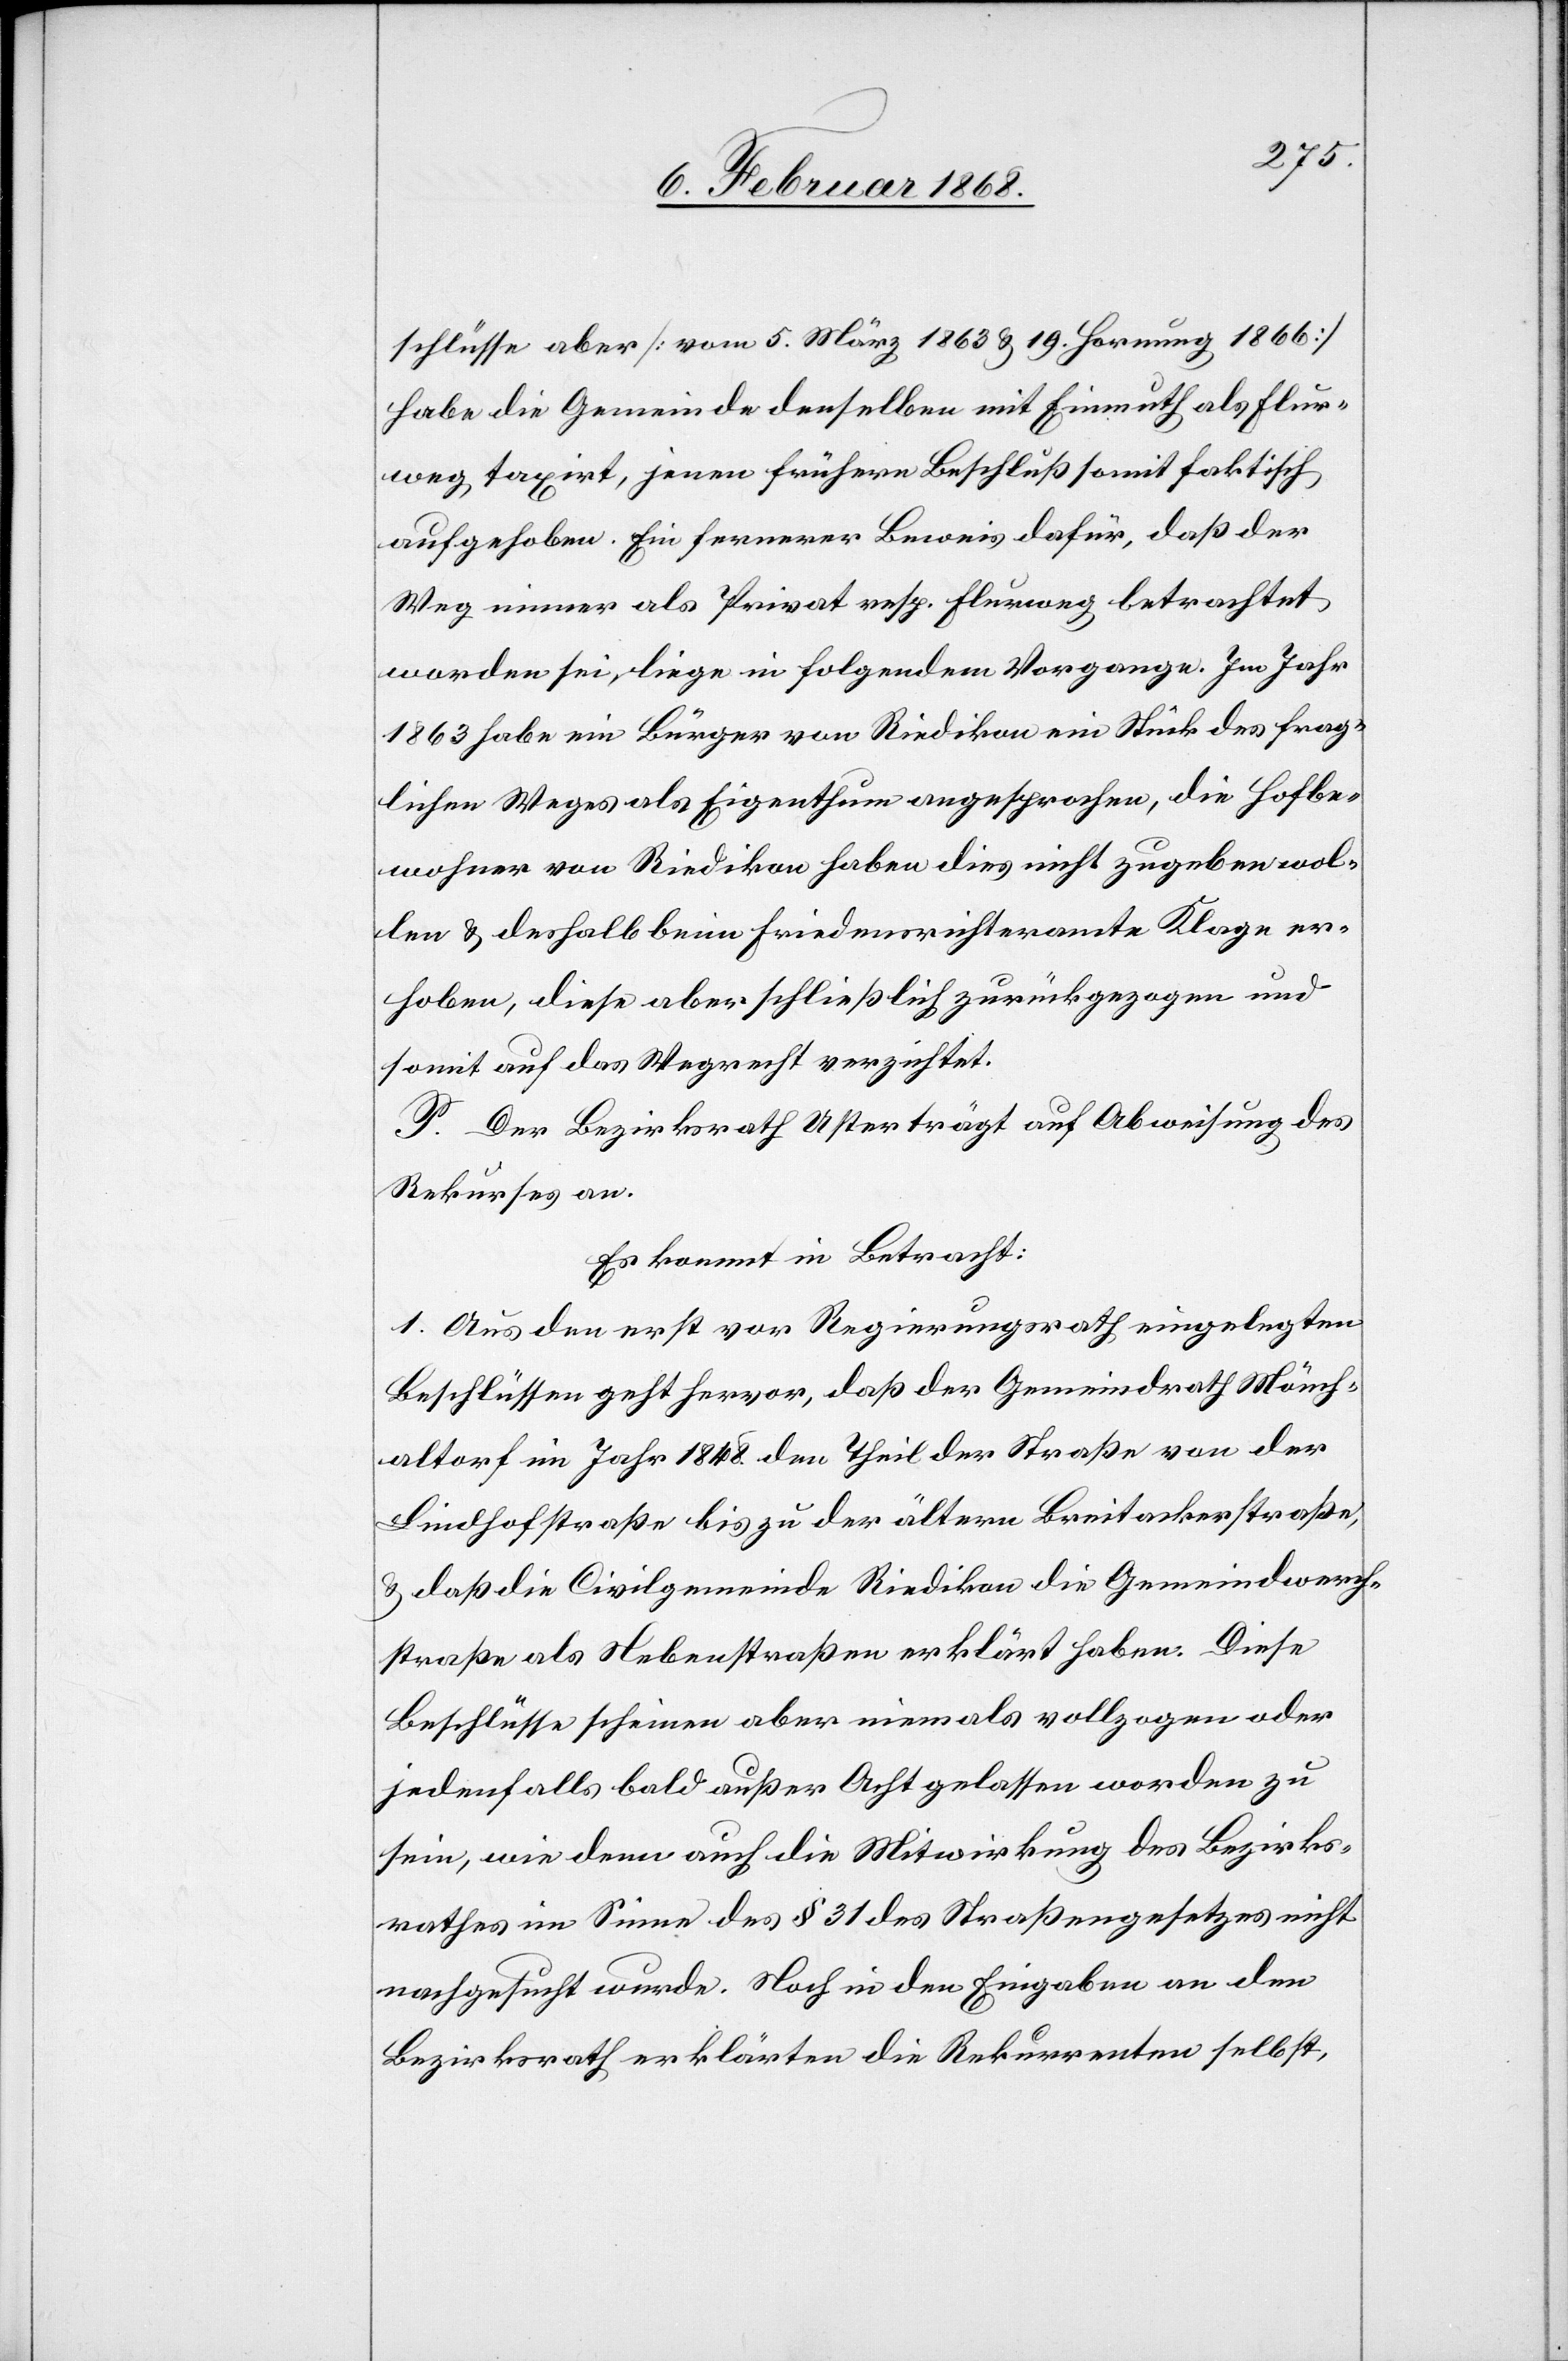
schlüsse aber [vom 5. März 1863 & 19. Hornung 1866]
habe die Gemeinde denselben mit Einmuth als Flur¬
weg taxirt, jenen frühern Beschluß somit faktisch
aufgehoben. Ein fernerer Beweis dafür, daß der
Weg immer als Privat resp. Flurweg betrachtet
worden sei, liege in folgendem Vorgange. Im Jahr
1863 habe ein Bürger von Riedikon ein Stück des frag¬
lichen Weges als Eigenthum angesprochen, die Hofbe¬
wohner von Riedikon haben dies nicht zugeben wol¬
len & deshalb beim Friedensrichteramte Klage er¬
hoben, diese aber schließlich zurückgezogen und
somit auf das Wegrecht verzichtet.
P. Der Bezirksrath Uster trägt auf Abweisung des
Rekurses an.
Es kommt in Betracht:
1. Aus den erst vor Regierungsrath eingelegten
Beschlüssen geht hervor, daß der Gemeindrath Mönch¬
altorf im Jahr 1848. den Theil der Straße von der
Lindhofstraße bis zu der ältern Breitackerstraße,
& daß die Civilgemeinde Riedikon die Gemeindwerch¬
straße als Nebenstraßen erklärt haben. Diese
Beschlüsse scheinen aber niemals vollzogen oder
jedenfalls bald außer Acht gelassen worden zu
sein, wie denn auch die Mitwirkung des Bezirks¬
rathes im Sinne des § 31 des Straßengesetzes nicht
nachgesucht wurde. Noch in den Eingaben an den
Bezirksrath erklärten die Rekurrenten selbst,